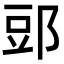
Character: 郖